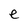
Character: e